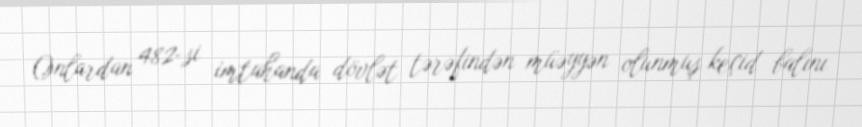
Onlardan 482-si imtahanda dövlət tərəfindən müəyyən olunmuş keçid balını